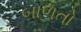
બાળતો